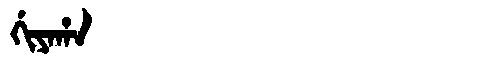
Manchu: ᡤᡳᠶᠠᡥᠠ
Romanization: GIYAHA